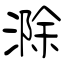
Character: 滁